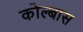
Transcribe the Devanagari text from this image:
कोल्बास